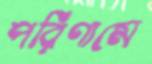
পরিণামে